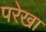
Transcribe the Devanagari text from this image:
परेखा